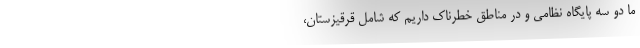
ما دو سه پایگاه نظامی و در مناطق خطرناک داریم که شامل قرقیزستان،